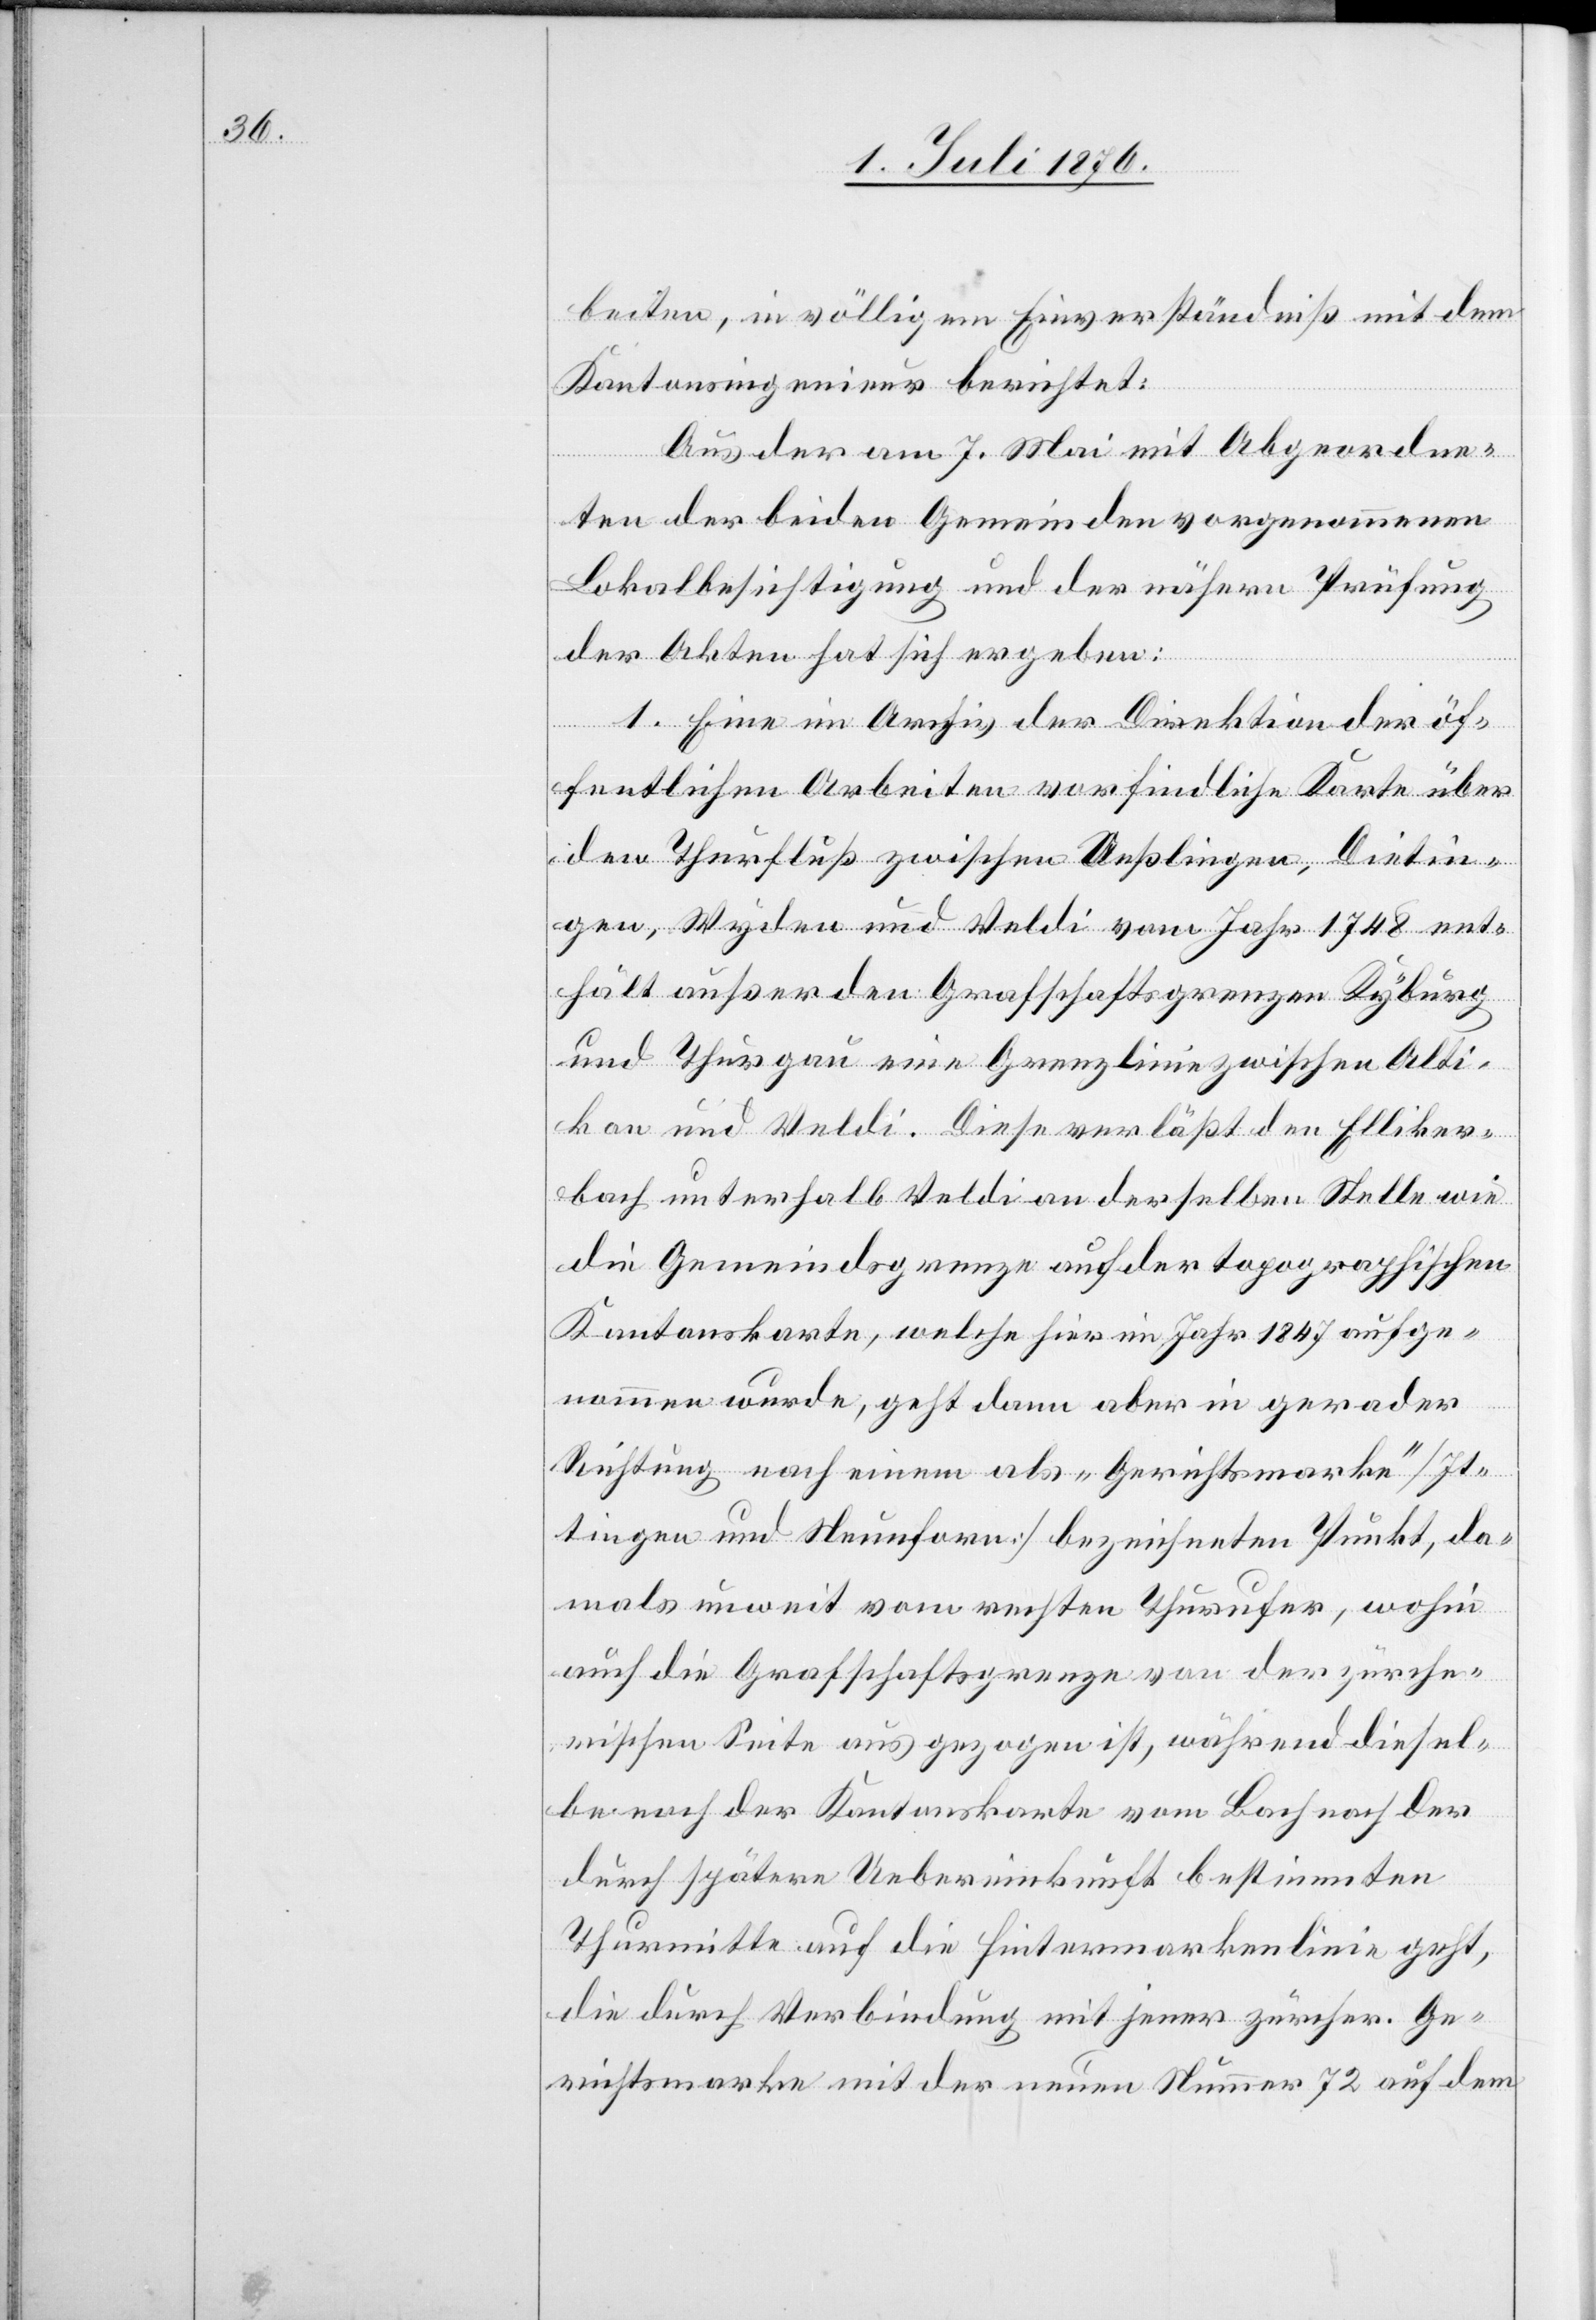
beiten, in völligem Einverständniß mit dem
Kantonsingenieur berichtet:
Aus der am 7. Mai mit Abgeordne¬
ten der beiden Gemeinden vorgenommenen
Lokalbesichtigung und der nähern Prüfung
der Akten hat sich ergeben:
1. Eine im Archiv der Direktion der öf¬
fentlichen Arbeiten vorfindliche Karte über
den Thurfluß zwischen Oeßlingen, Dietin¬
gen, Wyden und Veldi vom Jahr 1748 ent¬
hält außer den Grafschaftsgrenzen Kyburg
und Thurgau eine Grenzlinie zwischen Alti¬
kon und Veldi. Diese verläßt den Elliker¬
bach unterhalb Veldi an derselben Stelle wie
die Gemeindsgrenze auf der topographischen
Kantonalkarte, welche hier im Jahr 1874 aufge¬
nommen wurde, geht dann aber in gerader
Richtung nach einem als „Gerichtsmarke“ [It¬
tingen und Neunforn] bezeichneten Punkt, da¬
mals unweit vom rechten Thurufer, wohin
auch die Grafschaftsgrenze von der zürche¬
rischen Seite aus gezogen ist, während diesel¬
be nach der Kantonskarte vom Bach nach der
durch spätere Uebereinkunft bestimmten
Thurmitte auf die Hintermarkenlinie geht,
die durch Verbindung mit jener zürcher. Ge¬
richtsmarke mit der neuen Nimmer 72 auf dem